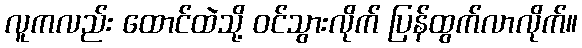
လူကလည်း ထောင်ထဲသို့ ဝင်သွားလိုက် ပြန်ထွက်လာလိုက်။